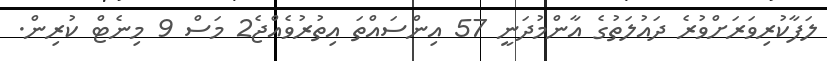
ލަފާކުރިވަރަށްވުރެ ދައުލަތުގެ އާންމުދަނީ 57 އިންސައްތަ އިތުރުވެއްޖެ2 މަސް 9 މިނެޓް ކުރިން.